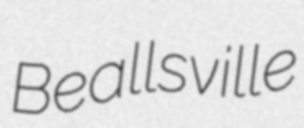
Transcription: Beallsville